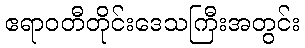
ဧရာဝတီတိုင်းဒေသကြီးအတွင်း